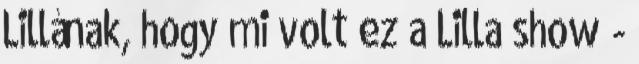
Lillának, hogy mi volt ez a Lilla show -